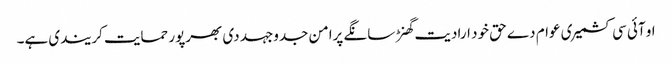
او آئی سی کشمیری عوام دے حق خود ارادیت گھنڑ سانگے پرامن جدوجہد دی بھرپور حمایت کریندی ہے۔